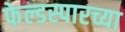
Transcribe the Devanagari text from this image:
फेल्डस्पारच्या